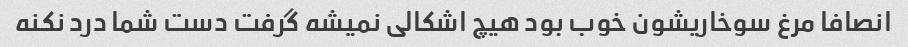
انصافا مرغ سوخاریشون خوب بود هیچ اشکالی نمیشه گرفت دست شما درد نکنه